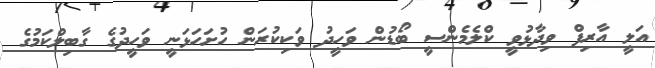
އަލީ އާރިފް ވިދާޅުވީ ކްލެމެންސީ ބޯޑުން ވަހީދު ވަކިކުރަން ހުށަހަޅަނީ ވަހީދުގެ ގާބިލްކަމުގެ